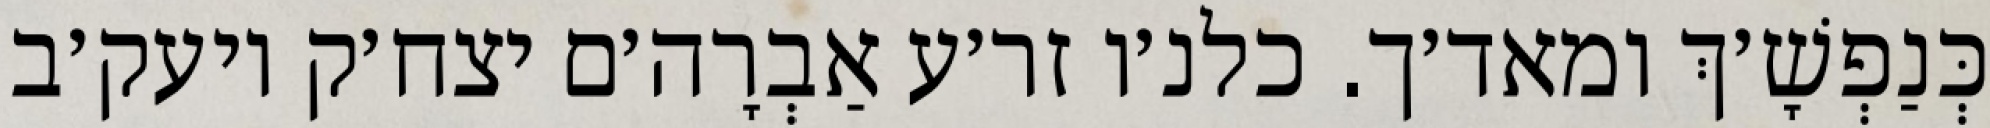
כְּנַפְשָׁ׳ךְ ומאד׳ך. כלנ׳ו זר׳ע אַבְרָה׳ם יצח׳ק ויעק׳ב